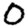
Digit: 0